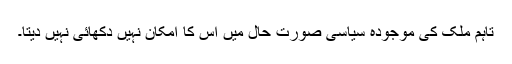
تاہم ملک کی موجودہ سیاسی صورت حال میں اس کا امکان نہیں دکھائی نہیں دیتا۔